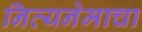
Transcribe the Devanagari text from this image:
नित्यनेमाचा